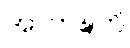
အာကဍ္ဎတိ